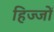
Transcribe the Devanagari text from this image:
हिज्जों